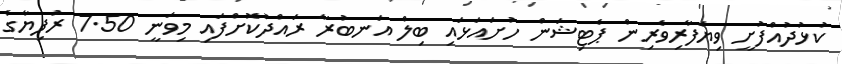
ކުޅުދުއްފުށީ ވިޔަފާރިވެރިން ޕެޓިޝަން ހުށައަޅައި ބިލް އަނބުރާ ރައްދުކޮށްފައި މިވަނީ 7.50 ރުފިޔާގެ